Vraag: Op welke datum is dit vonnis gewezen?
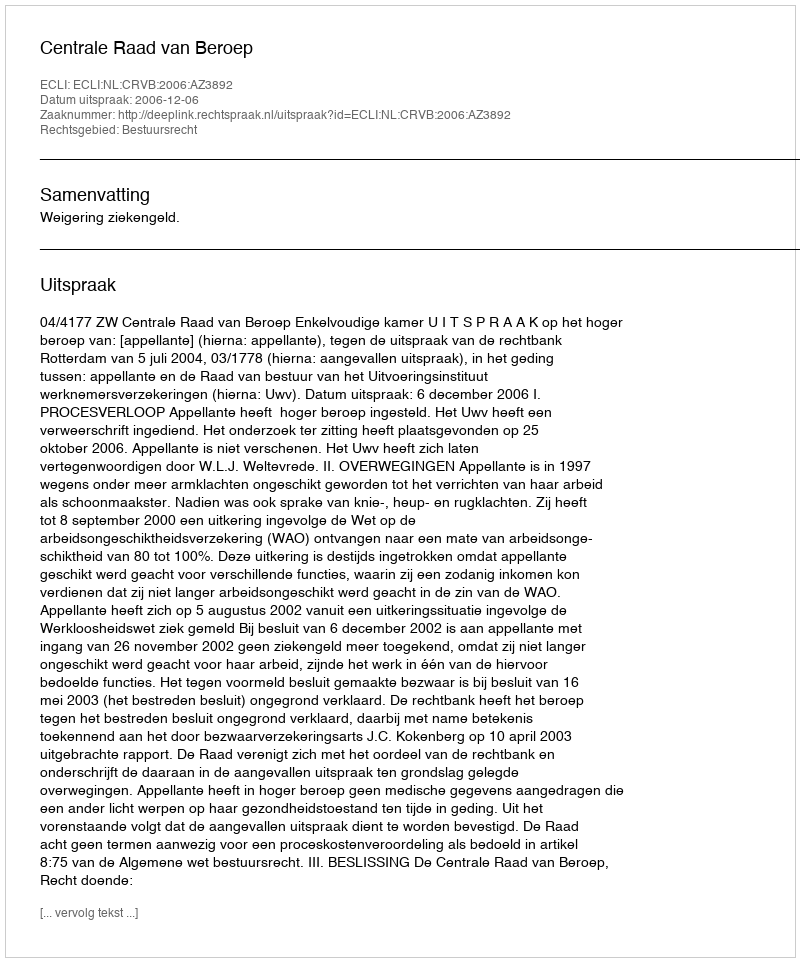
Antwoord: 2006-12-06